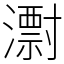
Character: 㵱